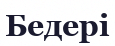
Бедері